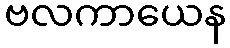
ဗလကာယေန